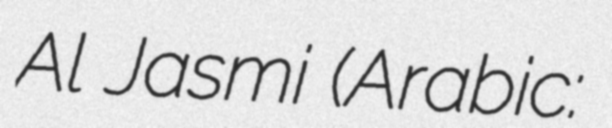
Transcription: Al Jasmi (Arabic: سلطان